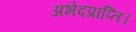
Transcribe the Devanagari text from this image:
अभेदप्राप्ति।